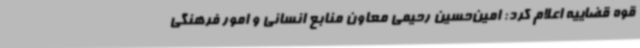
قوه قضاییه اعلام کرد: امین‌حسین رحیمی معاون منابع انسانی و امور فرهنگی